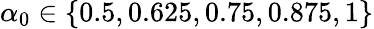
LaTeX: \alpha_{0}\in\lbrace 0.5,0.625,0.75,0.875,1\rbrace